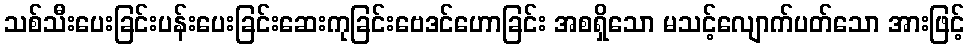
သစ်သီးပေးခြင်းပန်းပေးခြင်းဆေးကုခြင်းဗေဒင်ဟောခြင်း အစရှိသော မသင့်လျောက်ပတ်သော အားဖြင့်